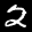
Label: 2